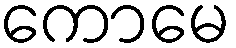
ကောမေ